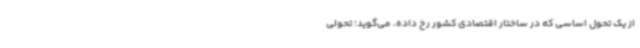
از یک تحول اساسی که در ساختار اقتصادی کشور رخ داده، می‌گوید؛ تحولی